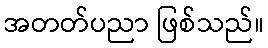
အတတ်ပညာ ဖြစ်သည်။